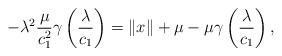
LaTeX: \begin{align*}-\lambda^{2}\frac{\mu}{c_{1}^{2}}\gamma\left(\frac{\lambda}{c_{1}}\right)=\left\Vert x\right\Vert +\mu-\mu\gamma\left(\frac{\lambda}{c_{1}}\right),\end{align*}